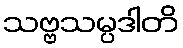
သဗ္ဗသမ္ပဒါတိ